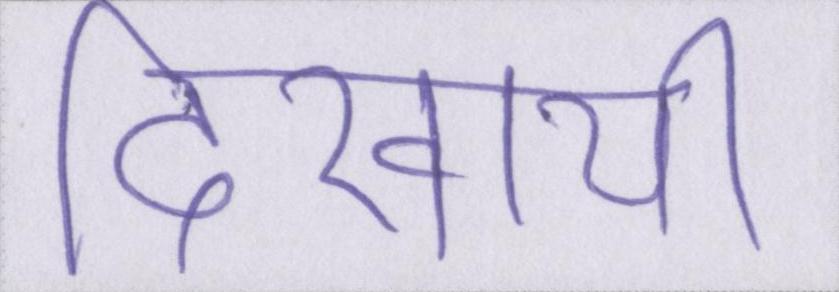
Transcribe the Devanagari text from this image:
दिखायी